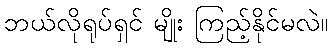
ဘယ်လိုရုပ်ရှင် မျိုး ကြည့်နိုင်မလဲ။